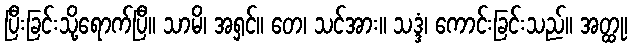
ပြီးခြင်းသို့ရောက်ပြီ။ သာမိ၊ အရှင်။ တေ၊ သင်အား။ သဒ္ဒံ၊ ကောင်းခြင်းသည်။ အတ္ထု၊